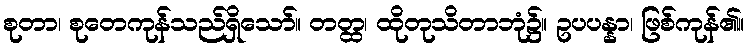
စုတာ၊ စုတေကုန်သည်ရှိသော်။ တတ္ထ၊ ထိုတုသိတာဘုံ၌။ ဥပပန္နာ၊ ဖြစ်ကုန်၏။